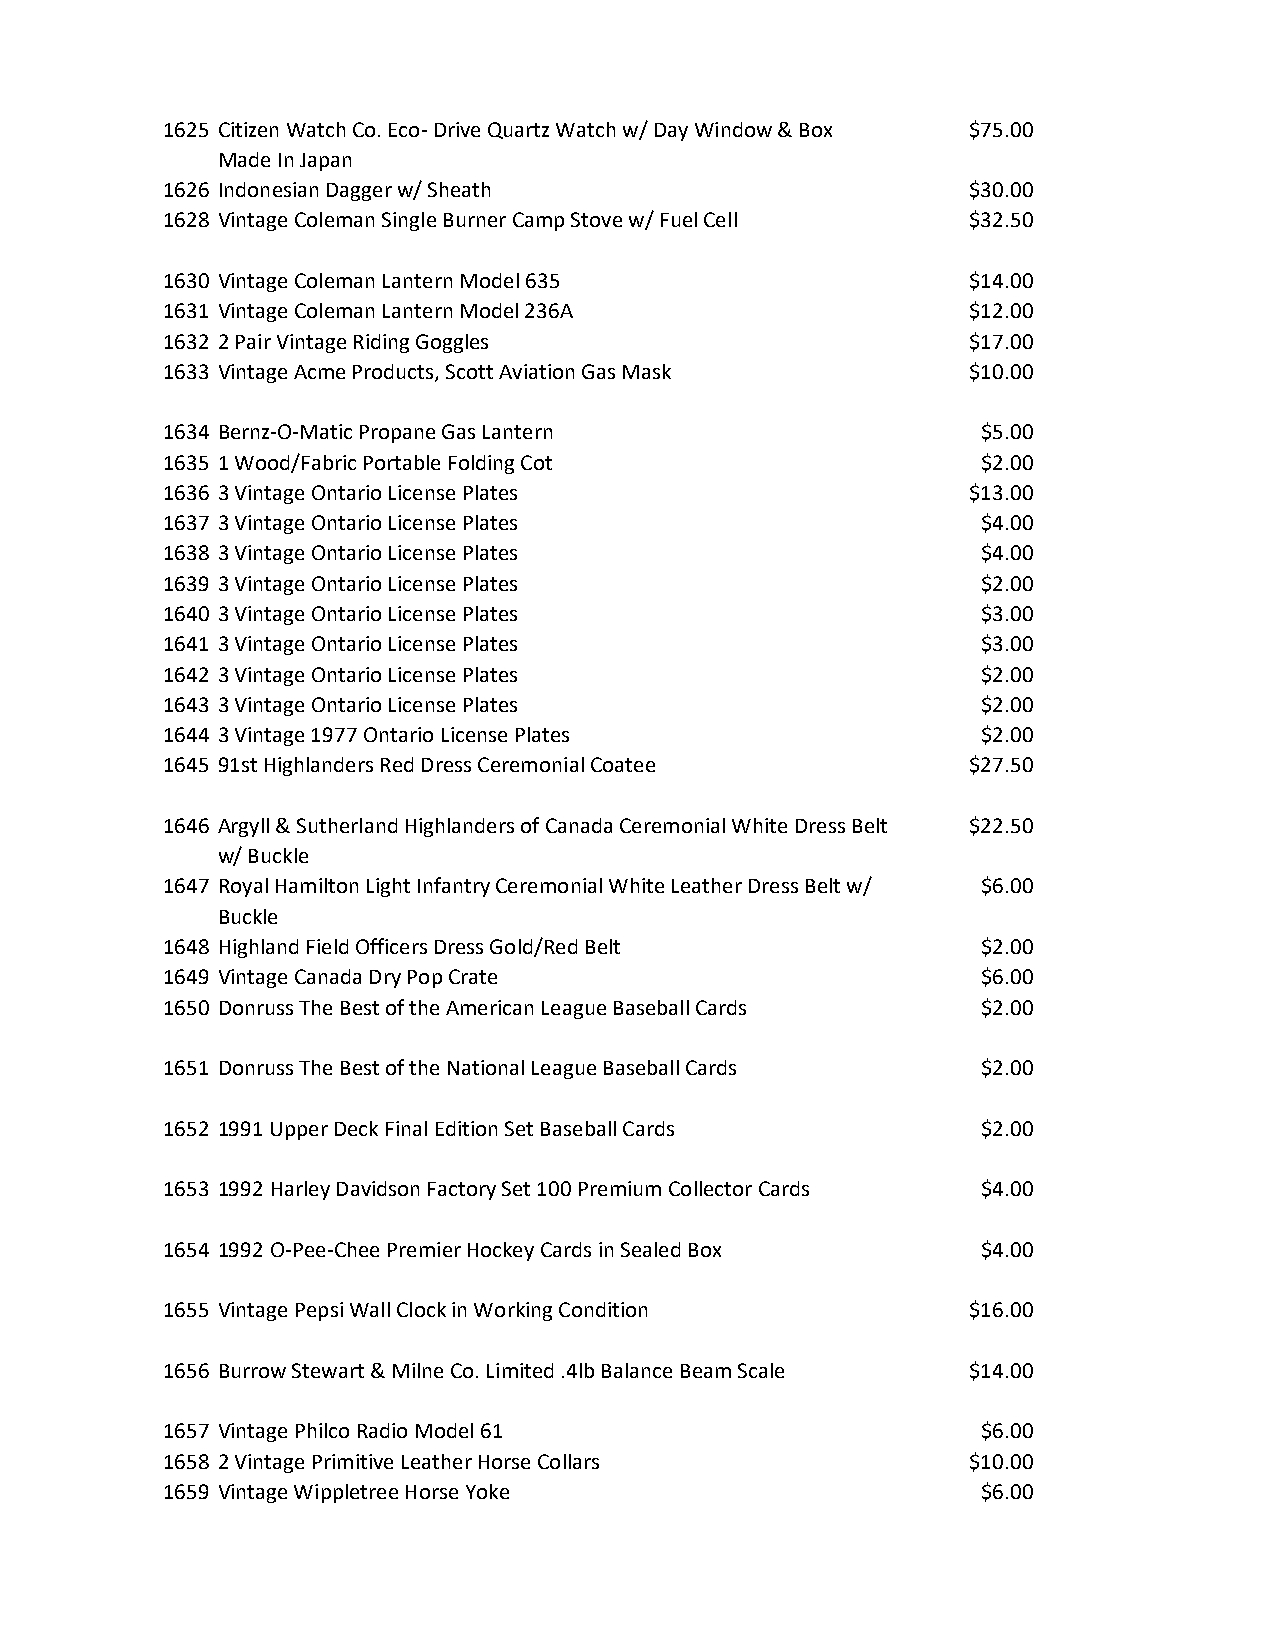
1625 Citizen Watch Co. Eco- Drive Quartz Watch w/ Day Window & Box $75.00
 Made In Japan
 1626 Indonesian Dagger w/ Sheath                     $30.00
 1628 Vintage Coleman Single Burner Camp Stove w/ Fuel Cell $32.50
 1630 Vintage Coleman Lantern Model 635               $14.00
 1631 Vintage Coleman Lantern Model 236A              $12.00
 1632 2 Pair Vintage Riding Goggles                   $17.00
 1633 Vintage Acme Products, Scott Aviation Gas Mask  $10.00
 1634 Bernz-O-Matic Propane Gas Lantern                $5.00
 1635 1 Wood/Fabric Portable Folding Cot               $2.00
 1636 3 Vintage Ontario License Plates                $13.00
 1637 3 Vintage Ontario License Plates                 $4.00
 1638 3 Vintage Ontario License Plates                 $4.00
 1639 3 Vintage Ontario License Plates                 $2.00
 1640 3 Vintage Ontario License Plates                 $3.00
 1641 3 Vintage Ontario License Plates                 $3.00
 1642 3 Vintage Ontario License Plates                 $2.00
 1643 3 Vintage Ontario License Plates                 $2.00
 1644 3 Vintage 1977 Ontario License Plates            $2.00
 1645 91st Highlanders Red Dress Ceremonial Coatee    $27.50
 1646 Argyll & Sutherland Highlanders of Canada Ceremonial White Dress Belt $22.50
 w/ Buckle
 1647 Royal Hamilton Light Infantry Ceremonial White Leather Dress Belt w/ $6.00
 Buckle
 1648 Highland Field Officers Dress Gold/Red Belt      $2.00
 1649 Vintage Canada Dry Pop Crate                     $6.00
 1650 Donruss The Best of the American League Baseball Cards $2.00
 1651 Donruss The Best of the National League Baseball Cards $2.00
 1652 1991 Upper Deck Final Edition Set Baseball Cards $2.00
 1653 1992 Harley Davidson Factory Set 100 Premium Collector Cards $4.00
 1654 1992 O-Pee-Chee Premier Hockey Cards in Sealed Box $4.00
 1655 Vintage Pepsi Wall Clock in Working Condition   $16.00
 1656 Burrow Stewart & Milne Co. Limited .4lb Balance Beam Scale $14.00
 1657 Vintage Philco Radio Model 61                    $6.00
 1658 2 Vintage Primitive Leather Horse Collars       $10.00
 1659 Vintage Wippletree Horse Yoke                    $6.00